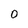
Character: 0